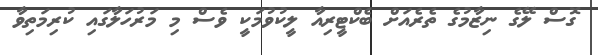
ގޮސް ލޭގެ ނިޒާމުގެ ތެރެއަށް ބެކްޓީރިއާ ލީކުވުމަކީ ވެސް މި މަރުހަލާގައި ކުރިމަތިވާ